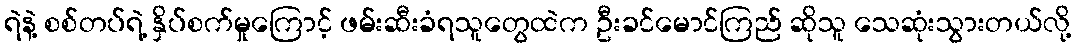
ရဲနဲ့ စစ်တပ်ရဲ့ နှိပ်စက်မှုကြောင့် ဖမ်းဆီးခံရသူတွေထဲက ဦးခင်မောင်ကြည် ဆိုသူ သေဆုံးသွားတယ်လို့